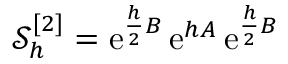
\mathcal { S } _ { h } ^ { [ 2 ] } = \ensuremath { \mathrm { e } } ^ { \frac { h } { 2 } B } \, \ensuremath { \mathrm { e } } ^ { h A } \, \ensuremath { \mathrm { e } } ^ { \frac { h } { 2 } B }